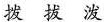
拨 拔 泼